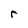
Character: r